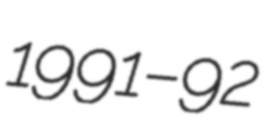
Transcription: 1991–92